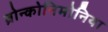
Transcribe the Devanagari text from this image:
ब्रोन्कोनिमोनिया